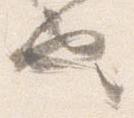
也